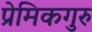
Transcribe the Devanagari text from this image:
प्रेमिकगुरु